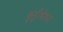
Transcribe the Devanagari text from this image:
कुट्टीचेतन